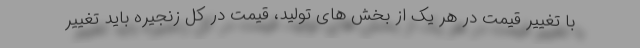
با تغییر قیمت در هر یک از بخش های تولید، قیمت در کل زنجیره باید تغییر